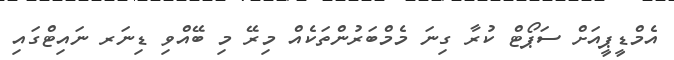
އެމްޑީޕީއަށް ސަޕޯޓް ކުރާ ގިނަ މެމްބަރުންތަކެއް މިރޭ މި ބޭއްވި ޑިނަރ ނައިޓްގައި